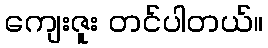
ကျေးဇူး တင်ပါတယ်။